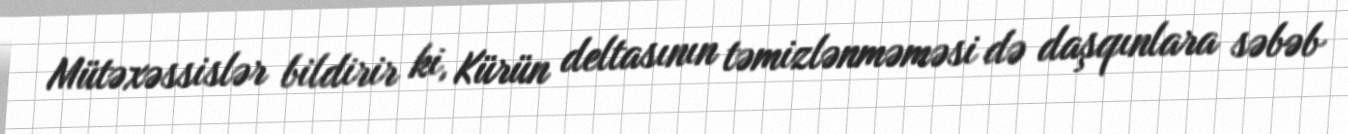
Mütəxəssislər bildirir ki, Kürün deltasının təmizlənməməsi də daşqınlara səbəb